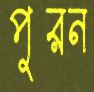
পুরন